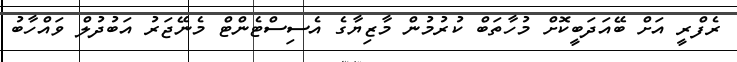
ރެފްރީ އަށް ބޭއަދަބީކޮށް މުހާތަބް ކުރުމުން މާޒިޔާގެ އެސިސްޓެންޓް މެނޭޖަރު އަބުދުލް ވައްހާބު